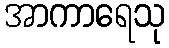
အာကာရေသု